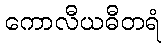
ကောလီယဓီတရံ